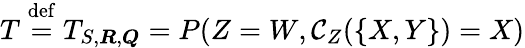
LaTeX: T\stackrel{\mathrm{def}}{=}T_{S,\boldsymbol{R},\boldsymbol{Q}}=P(Z=W,\mathcal{C}_{Z}(\{ X,Y\} )=X)